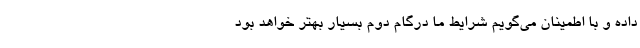
داده و با اطمینان می‌گویم شرایط ما درگام دوم بسیار بهتر خواهد بود